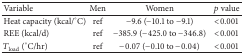
| Variable | Men | Women | p value |
 | --- | --- | --- | --- |
 | Heat capacity (kcal/°C) | ref | −9.6 (−10.1 to −9.1) | <0.001 |
 | REE (kcal/d) | ref | −385.9 (−425.0 to −346.8) | <0.001 |
 | Tload (°C/hr) | ref | −0.07 (−0.10 to −0.04) | <0.001 |